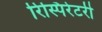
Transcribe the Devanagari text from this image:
रिस्पिरेटरी